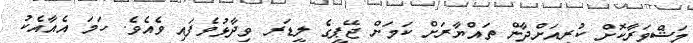
މަޝްވަރާކޮށް ކުރިއަށްދާން ތައްޔާރަށް ކަމަށް ޖޭޕީގެ ލީޑަރ ވިދާޅުވެފައި ވެއެވެ. ހަމަ އެއާއެކު